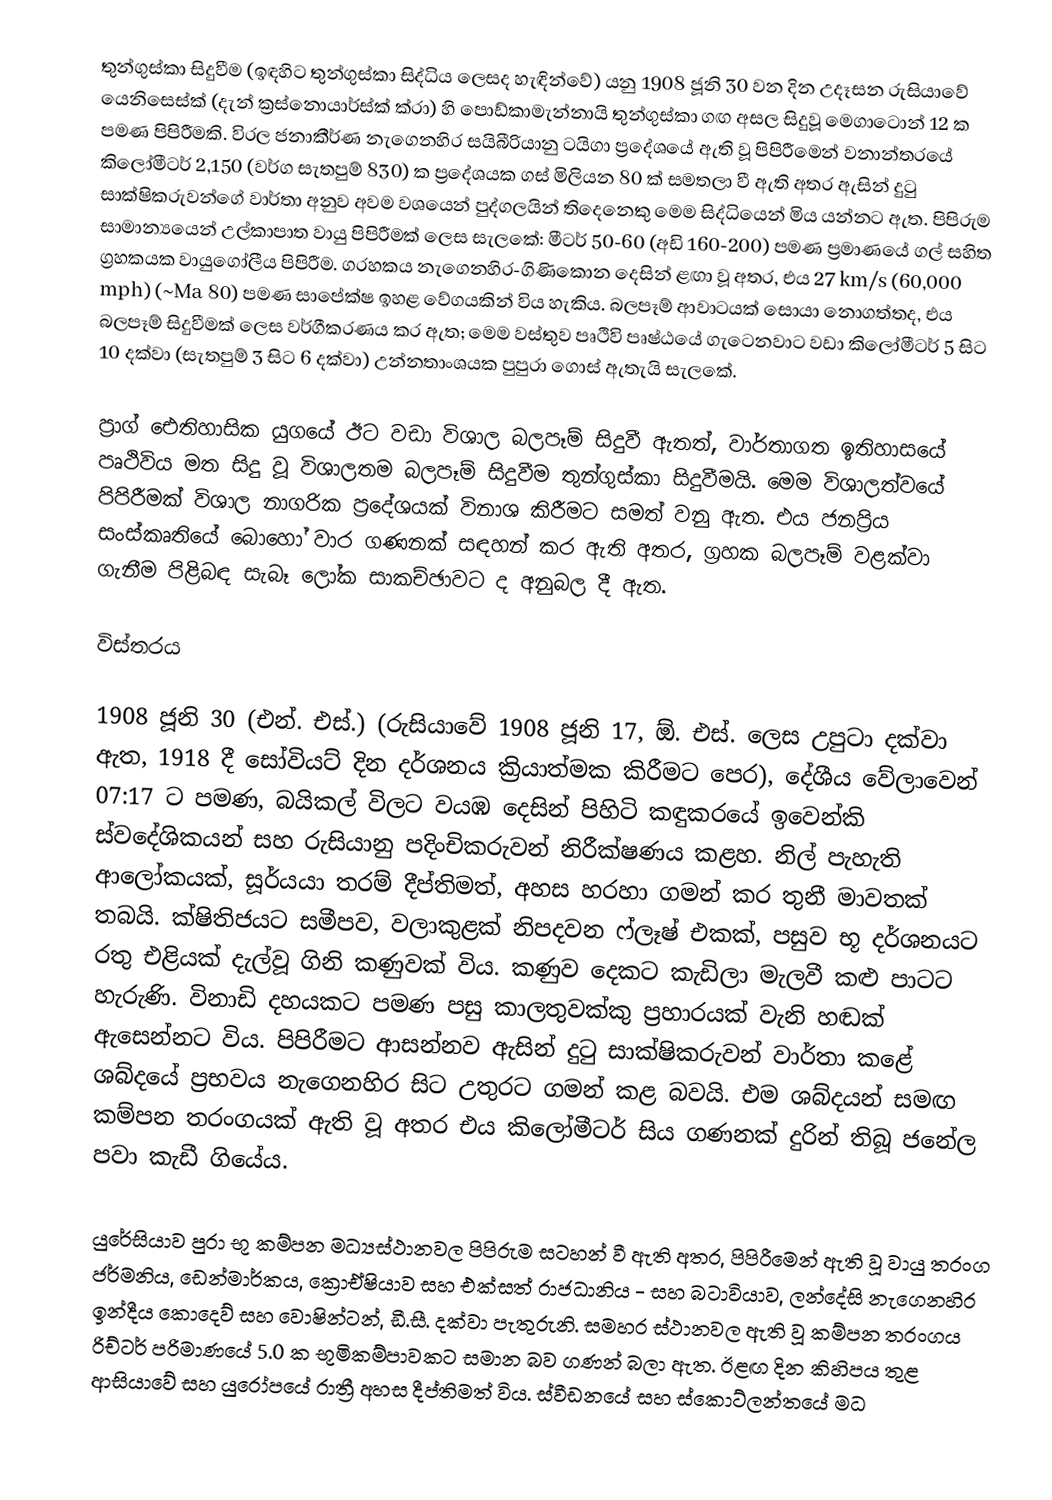
තුන්ගුස්කා සිදුවීම (ඉඳහිට තුන්ගුස්කා සිද්ධිය ලෙසද හැඳින්වේ) යනු 1908 ජූනි 30 වන දින උදෑසන රුසියාවේ යෙනිසෙස්ක් (දැන් ක්‍රස්නොයාර්ස්ක් ක්රා) හි පොඩ්කාමැන්නායි තුන්ගුස්කා ගඟ අසල සිදුවූ මෙගාටොන් 12 ක පමණ පිපිරීමකි. විරල ජනාකීර්ණ නැගෙනහිර සයිබීරියානු ටයිගා ප්‍රදේශයේ ඇති වූ පිපිරීමෙන් වනාන්තරයේ කිලෝමීටර් 2,150 (වර්ග සැතපුම් 830) ක ප්‍රදේශයක ගස් මිලියන 80 ක් සමතලා වී ඇති අතර ඇසින් දුටු සාක්ෂිකරුවන්ගේ වාර්තා අනුව අවම වශයෙන් පුද්ගලයින් තිදෙනෙකු මෙම සිද්ධියෙන් මිය යන්නට ඇත. පිපිරුම සාමාන්‍යයෙන් උල්කාපාත වායු පිපිරීමක් ලෙස සැලකේ: මීටර් 50-60 (අඩි 160-200) පමණ ප්‍රමාණයේ ගල් සහිත ග්‍රහකයක වායුගෝලීය පිපිරීම. ග‍්‍රහකය නැගෙනහිර-ගිණිකොන දෙසින් ළඟා වූ අතර, එය 27 km/s (60,000 mph) (~Ma 80) පමණ සාපේක්ෂ ඉහළ වේගයකින් විය හැකිය. බලපෑම් ආවාටයක් සොයා නොගත්තද, එය බලපෑම් සිදුවීමක් ලෙස වර්ගීකරණය කර ඇත; මෙම වස්තුව පෘථිවි පෘෂ්ඨයේ ගැටෙනවාට වඩා කිලෝමීටර් 5 සිට 10 දක්වා (සැතපුම් 3 සිට 6 දක්වා) උන්නතාංශයක පුපුරා ගොස් ඇතැයි සැලකේ.

ප්‍රාග් ඓතිහාසික යුගයේ ඊට වඩා විශාල බලපෑම් සිදුවී ඇතත්, වාර්තාගත ඉතිහාසයේ පෘථිවිය මත සිදු වූ විශාලතම බලපෑම් සිදුවීම තුන්ගුස්කා සිදුවීමයි. මෙම විශාලත්වයේ පිපිරීමක් විශාල නාගරික ප්‍රදේශයක් විනාශ කිරීමට සමත් වනු ඇත. එය ජනප්‍රිය සංස්කෘතියේ බොහෝ වාර ගණනක් සඳහන් කර ඇති අතර, ග්‍රහක බලපෑම් වළක්වා ගැනීම පිළිබඳ සැබෑ ලෝක සාකච්ඡාවට ද අනුබල දී ඇත.

විස්තරය

1908 ජූනි 30 (එන්. එස්.) (රුසියාවේ 1908 ජූනි 17, ඕ. එස්. ලෙස උපුටා දක්වා ඇත, 1918 දී සෝවියට් දින දර්ශනය ක්‍රියාත්මක කිරීමට පෙර), දේශීය වේලාවෙන් 07:17 ට පමණ, බයිකල් විලට වයඹ දෙසින් පිහිටි කඳුකරයේ ඉවෙන්කි ස්වදේශිකයන් සහ රුසියානු පදිංචිකරුවන් නිරීක්ෂණය කළහ. නිල් පැහැති ආලෝකයක්, සූර්යයා තරම් දීප්තිමත්, අහස හරහා ගමන් කර තුනී මාවතක් තබයි. ක්ෂිතිජයට සමීපව, වලාකුළක් නිපදවන ෆ්ලෑෂ් එකක්, පසුව භූ දර්ශනයට රතු එළියක් දැල්වූ ගිනි කණුවක් විය. කණුව දෙකට කැඩිලා මැලවී කළු පාටට හැරුණි. විනාඩි දහයකට පමණ පසු කාලතුවක්කු ප්‍රහාරයක් වැනි හඬක් ඇසෙන්නට විය. පිපිරීමට ආසන්නව ඇසින් දුටු සාක්ෂිකරුවන් වාර්තා කළේ ශබ්දයේ ප්‍රභවය නැගෙනහිර සිට උතුරට ගමන් කළ බවයි. එම ශබ්දයන් සමඟ කම්පන තරංගයක් ඇති වූ අතර එය කිලෝමීටර් සිය ගණනක් දුරින් තිබූ ජනේල පවා කැඩී ගියේය.

යුරේසියාව පුරා භූ කම්පන මධ්‍යස්ථානවල පිපිරුම සටහන් වී ඇති අතර, පිපිරීමෙන් ඇති වූ වායු තරංග ජර්මනිය, ඩෙන්මාර්කය, ක්‍රොඒෂියාව සහ එක්සත් රාජධානිය - සහ බටාවියාව, ලන්දේසි නැගෙනහිර ඉන්දීය කොදෙව් සහ වොෂින්ටන්, ඩී.සී. දක්වා පැතුරුනි. සමහර ස්ථානවල ඇති වූ කම්පන තරංගය රිච්ටර් පරිමාණයේ 5.0 ක භූමිකම්පාවකට සමාන බව ගණන් බලා ඇත. ඊළඟ දින කිහිපය තුළ ආසියාවේ සහ යුරෝපයේ රාත්‍රී අහස දීප්තිමත් විය. ස්වීඩනයේ සහ ස්කොට්ලන්තයේ මධ